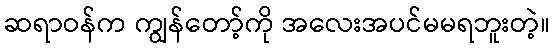
ဆရာဝန်က ကျွန်တော့်ကို အလေးအပင်မမရဘူးတဲ့။